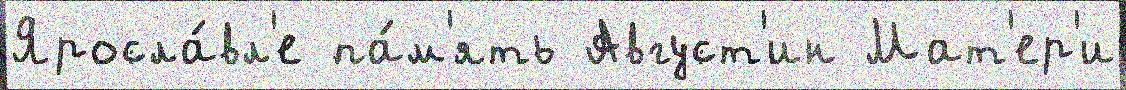
Яросла́вл'е па́м'ять Август'ин Мат'ер'и